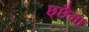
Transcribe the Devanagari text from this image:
छ्छैना